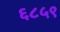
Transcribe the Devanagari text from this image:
६८५९